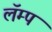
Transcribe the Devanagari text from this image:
लॅम्प